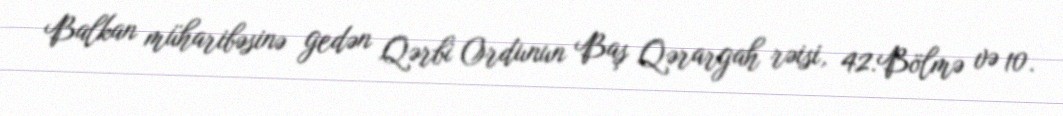
Balkan müharibəsinə gedən Qərbi Ordunun Baş Qərargah rəisi, 42.Bölmə və 10.